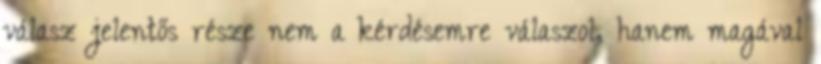
válasz jelentős része nem a kérdésemre válaszol, hanem magával